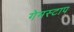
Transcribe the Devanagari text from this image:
गेमस्टाप